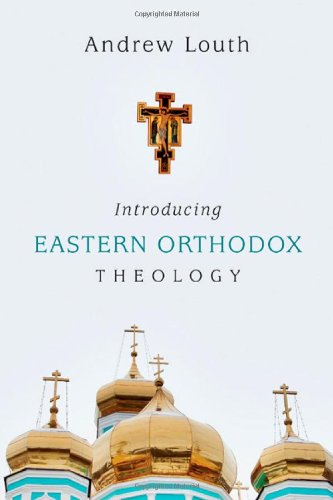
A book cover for Introducing Eastern Orthodox Theology; Andrew Louth; Christian Books & Bibles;